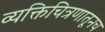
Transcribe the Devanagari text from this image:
व्यक्तिचित्रणातूनच